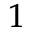
^ { 1 }